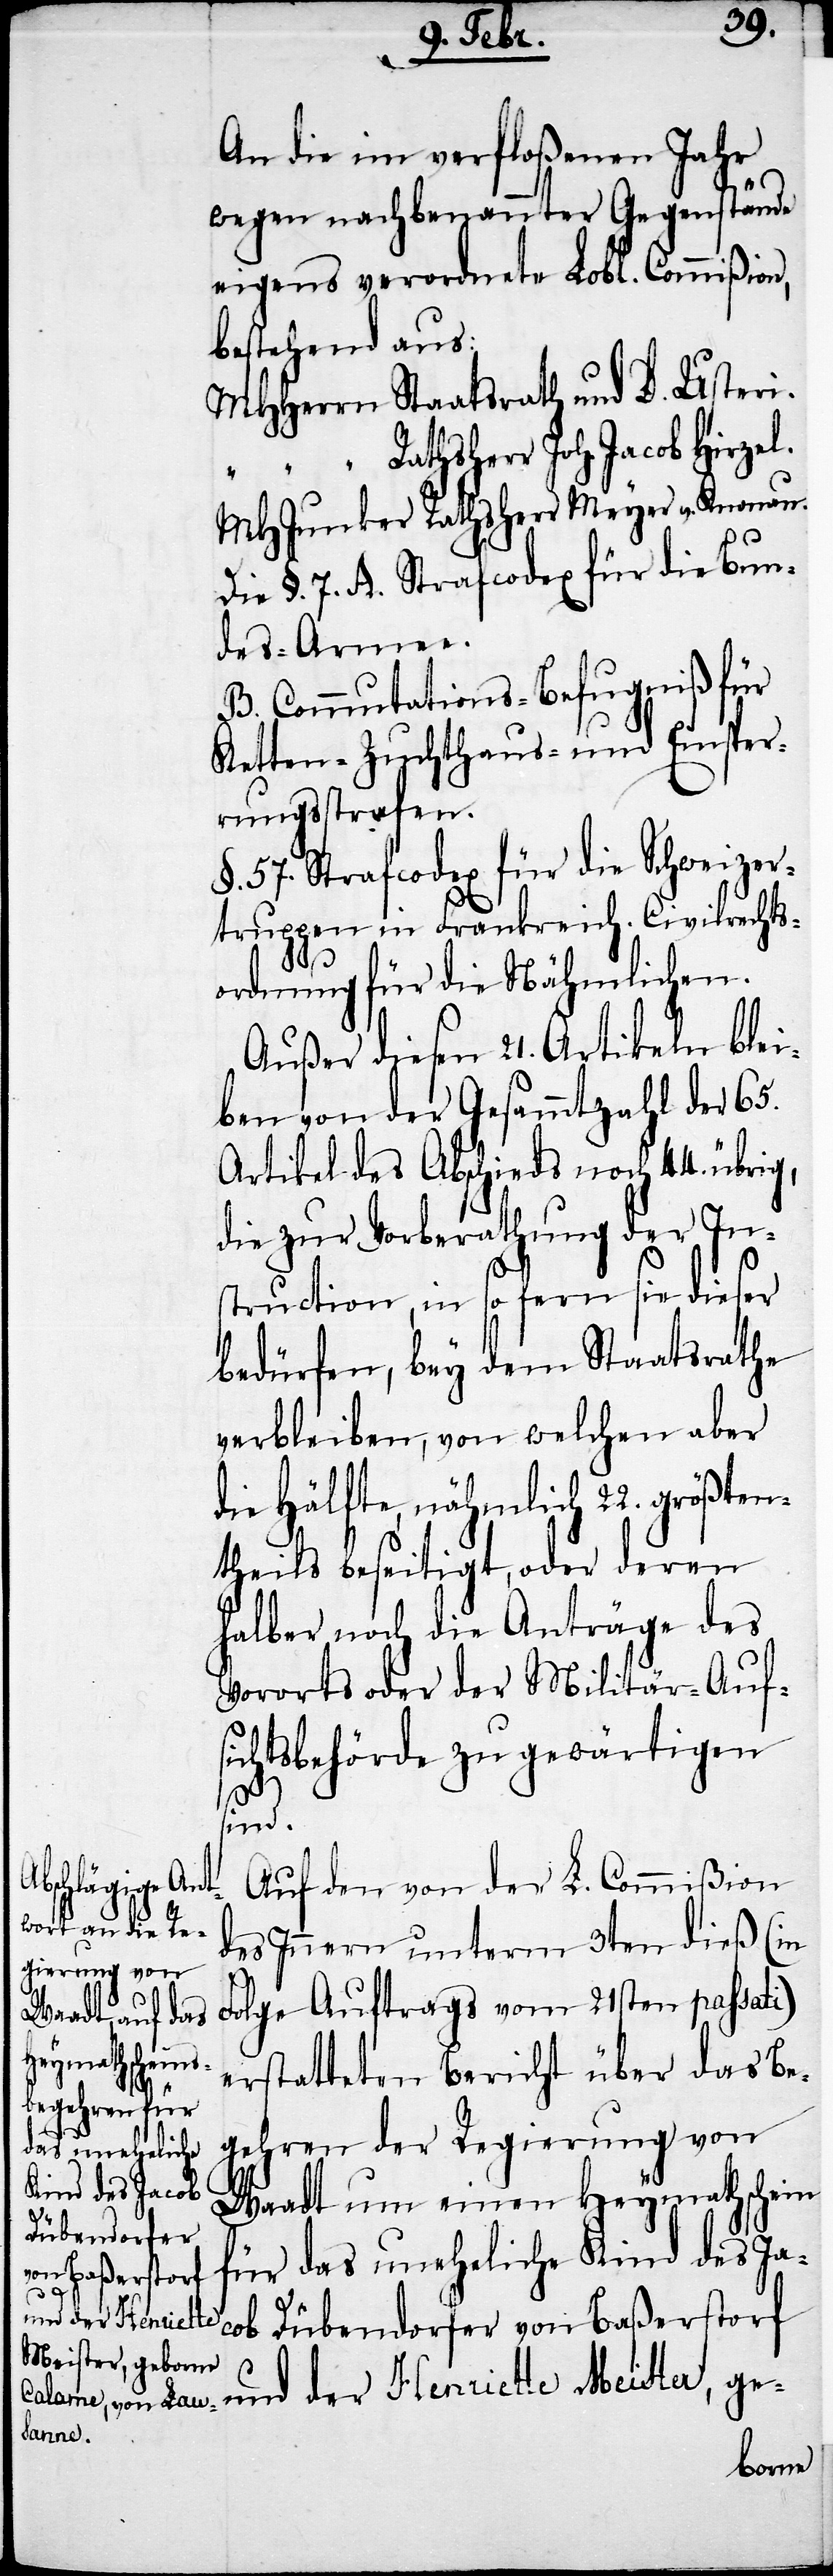
Auf den von der L. Commißion
des Innern unterm 3ten dieß (in
Folge Auftrags vom 21sten passati)
erstatteten Bericht über das Be¬
gehren der Regierung von
Waadt um einen Heymathschein
für das uneheliche Kind des Ja¬
cob Dübendorfer von Baßerstorf
und der Henriette Meister, ge-